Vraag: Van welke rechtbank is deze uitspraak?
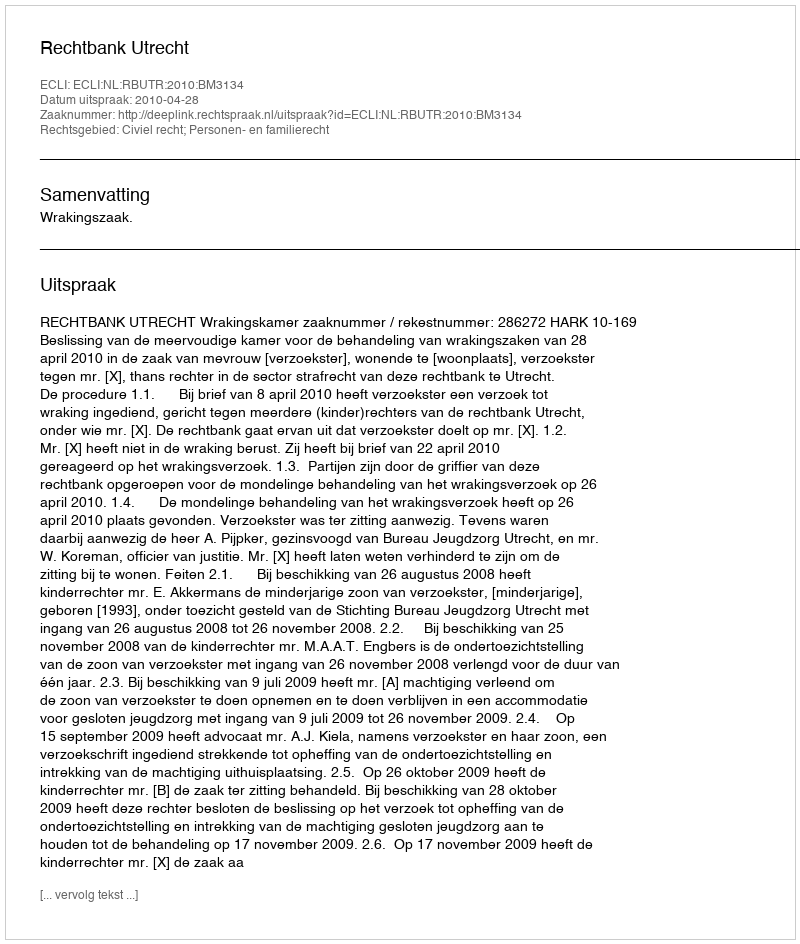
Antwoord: Rechtbank Utrecht